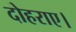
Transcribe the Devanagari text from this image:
दोहराए।